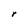
Character: r